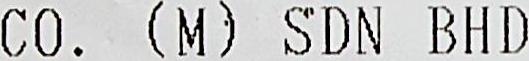
CO. (M) SDN BHD